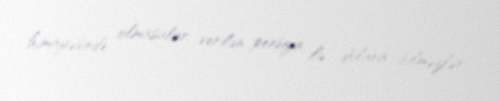
himayəsində olmasalar, verilən pensiya ilə dolana bilməzlər.